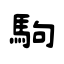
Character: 駒